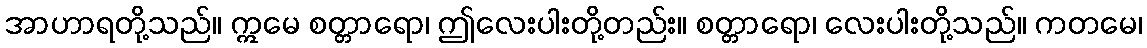
အာဟာရတို့သည်။ ဣမေ စတ္တာရော၊ ဤလေးပါးတို့တည်း။ စတ္တာရော၊ လေးပါးတို့သည်။ ကတမေ၊